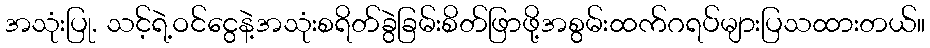
အသုံးပြု. သင့်ရဲ့ဝင်ငွေနဲ့အသုံးစရိတ်ခွဲခြမ်းစိတ်ဖြာဖို့အစွမ်းထက်ဂရပ်များပြသထားတယ်။